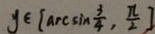
y \in [ \arcsin \frac { 3 } { 4 } , \frac { \pi } { 2 } ]